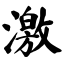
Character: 激